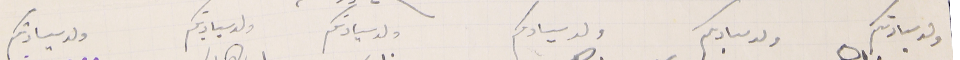
ولد سيادتكم                          ولد سيادكم                ولد سيادكم                    ولد سيادتكم                 ولد سيادتكم             ولد سيادتكم